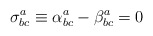
\begin{align*}\sigma _{bc}^{a}\equiv \alpha _{bc}^{a}-\beta _{bc}^{a}=0\end{align*}